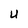
Character: U